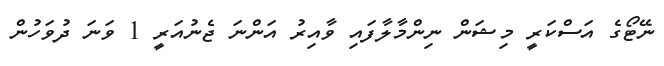
ނޭޓޯގެ އަސްކަރީ މިޝަން ނިންމާލާފައި ވާއިރު އަންނަ ޖެނުއަރީ 1 ވަނަ ދުވަހުން